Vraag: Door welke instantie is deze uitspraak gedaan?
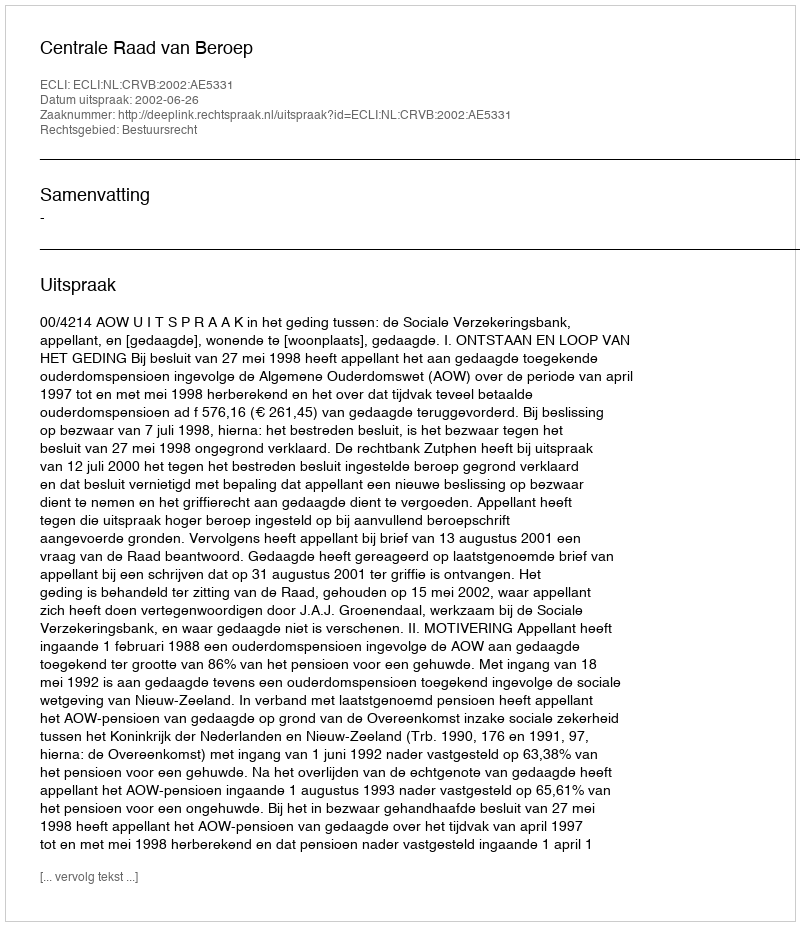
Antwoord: Centrale Raad van Beroep